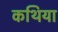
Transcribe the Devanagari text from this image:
कथिया